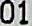
01